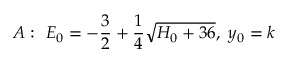
A : ~ E _ { 0 } = - { \frac { 3 } { 2 } } + { \frac { 1 } { 4 } } \sqrt { H _ { 0 } + 3 6 } , ~ y _ { 0 } = k